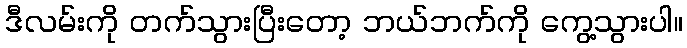
ဒီလမ်းကို တက်သွားပြီးတော့ ဘယ်ဘက်ကို ကွေ့သွားပါ။